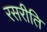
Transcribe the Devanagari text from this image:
रसरीति